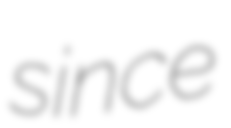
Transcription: since